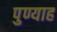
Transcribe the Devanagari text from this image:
पुण्याह